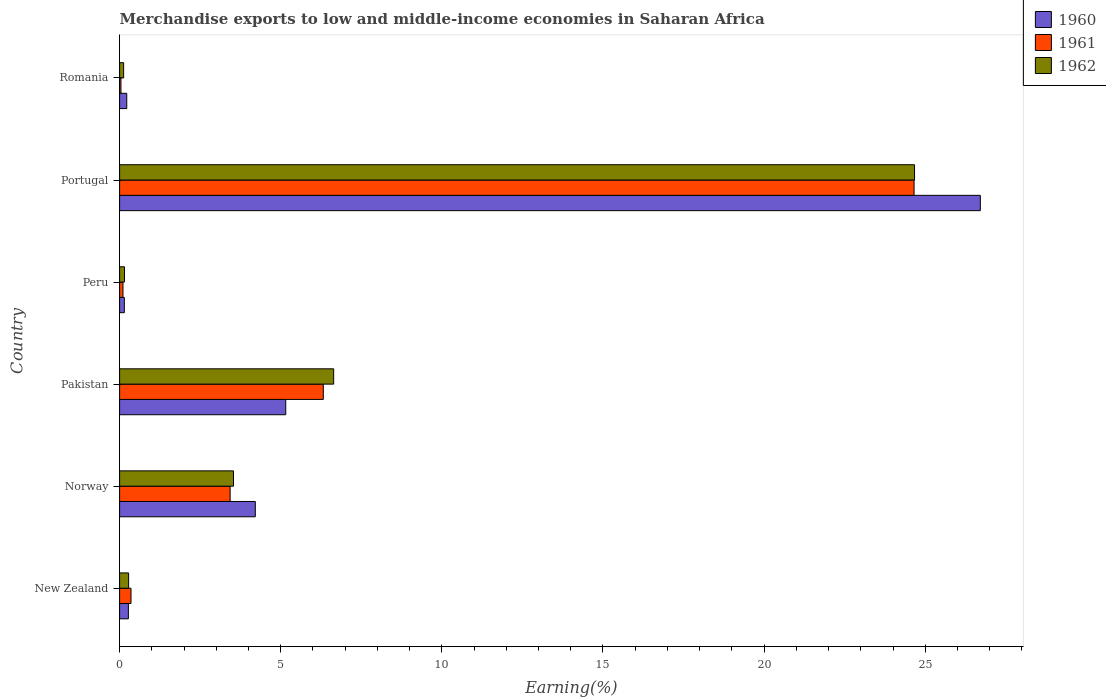
| Country | 1960 | 1961 | 1962 |
 | --- | --- | --- | --- |
 | New Zealand | 0.272 | 0.354 | 0.28 |
 | Norway | 4.21 | 3.43 | 3.53 |
 | Pakistan | 5.16 | 6.32 | 6.64 |
 | Peru | 0.147 | 0.105 | 0.152 |
 | Portugal | 26.7 | 24.7 | 24.7 |
 | Romania | 0.222 | 0.0419 | 0.125 |